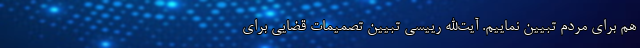
هم برای مردم تبیین نماییم. آیت‌الله رییسی تبیین تصمیمات قضایی برای